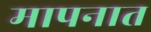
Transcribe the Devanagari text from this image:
मापनात